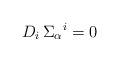
\begin{align*} D_i\,\Sigma_\alpha{}^i = 0\,\end{align*}